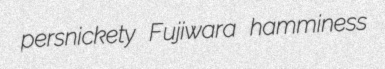
persnickety Fujiwara hamminess